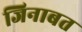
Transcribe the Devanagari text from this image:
जिनाबत